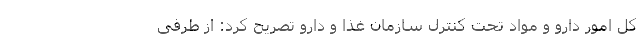
کل امور دارو و مواد تحت کنترل سازمان غذا و دارو تصریح کرد: از طرفی